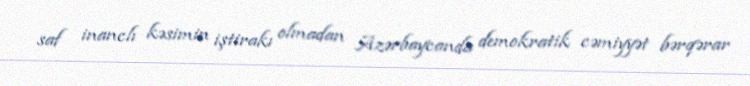
saf inanclı kəsimin iştirakı olmadan Azərbaycanda demokratik cəmiyyət bərqərar